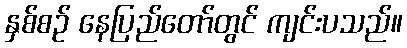
နှစ်စဉ် နေပြည်တော်တွင် ကျင်းပသည်။